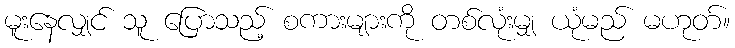
မူးနေလျှင် သူ ပြောသည့် စကားများကို တစ်လုံးမျှ ယုံမည် မဟုတ်။